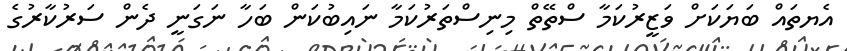
އެޔތައް ބަޔަކަށް ވަޒީރުކަމާ ސްތޭތް މިނިސްތަރުކަމާ ނައިބުކަން ބަހާ ނަގަނީ ދެން ސަރުކާރުގެ